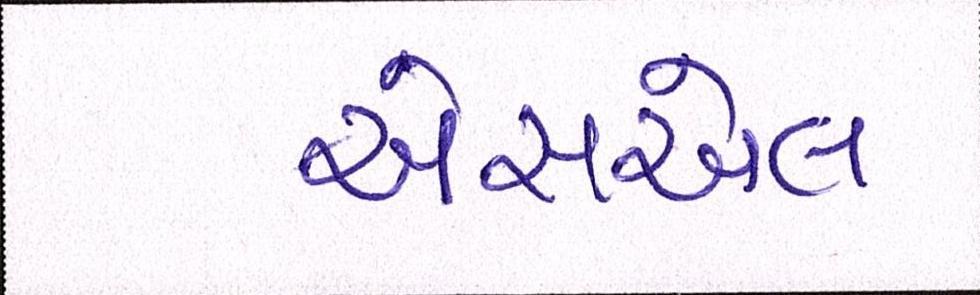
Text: એસએલ